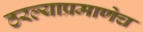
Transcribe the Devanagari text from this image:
ठरल्याप्रमाणेच